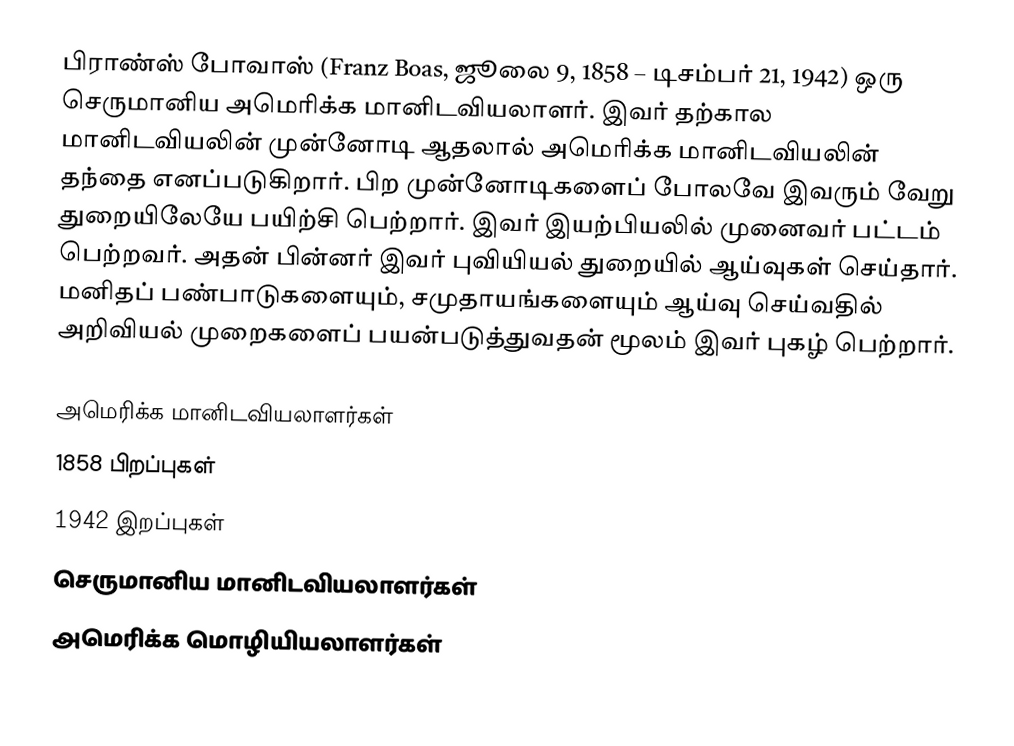
பிராண்ஸ் போவாஸ் (Franz Boas, ஜூலை 9, 1858 – டிசம்பர் 21, 1942) ஒரு செருமானிய அமெரிக்க மானிடவியலாளர். இவர் தற்கால மானிடவியலின் முன்னோடி ஆதலால் அமெரிக்க மானிடவியலின் தந்தை எனப்படுகிறார். பிற முன்னோடிகளைப் போலவே இவரும் வேறு துறையிலேயே பயிற்சி பெற்றார். இவர் இயற்பியலில் முனைவர் பட்டம் பெற்றவர். அதன் பின்னர் இவர் புவியியல் துறையில் ஆய்வுகள் செய்தார். மனிதப் பண்பாடுகளையும், சமுதாயங்களையும் ஆய்வு செய்வதில் அறிவியல் முறைகளைப் பயன்படுத்துவதன் மூலம் இவர் புகழ் பெற்றார்.

அமெரிக்க மானிடவியலாளர்கள்
1858 பிறப்புகள்
1942 இறப்புகள்
செருமானிய மானிடவியலாளர்கள்
அமெரிக்க மொழியியலாளர்கள்